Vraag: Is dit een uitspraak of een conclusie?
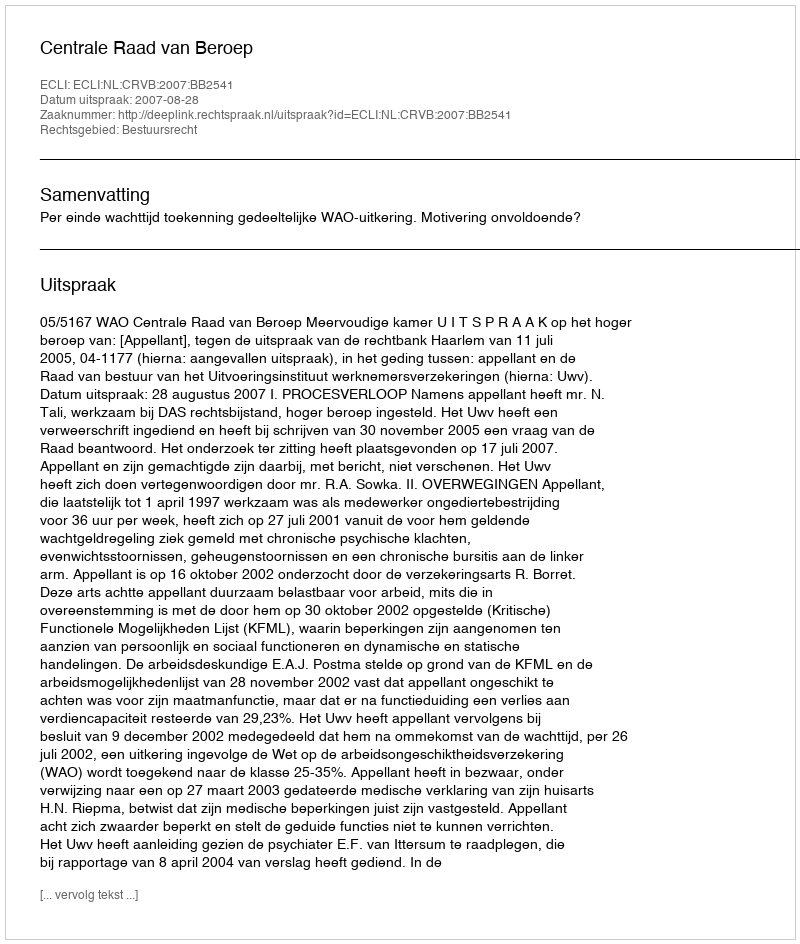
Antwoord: Uitspraak